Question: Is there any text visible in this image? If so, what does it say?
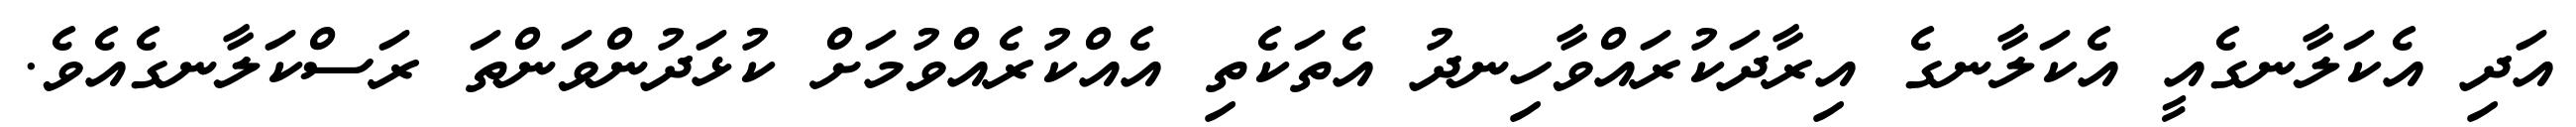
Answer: އަދި އެކަލާނގެއީ އެކަލާނގެ އިރާދަކުރައްވާހިނދު އެތަކެތި އެއްކުރެއްވުމަށް ކުޅަދުންވަންތަ ރަސްކަލާނގެއެވެ.